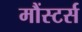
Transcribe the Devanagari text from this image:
मौंस्टर्स